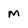
Character: m